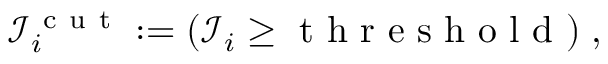
\begin{array} { r } { \mathcal I _ { i } ^ { \mathrm { ~ c ~ u ~ t ~ } } : = ( \mathcal I _ { i } \geq \mathrm { ~ t ~ h ~ r ~ e ~ s ~ h ~ o ~ l ~ d ~ } ) \; , } \end{array}